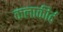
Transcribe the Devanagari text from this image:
कलाकीर्द